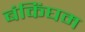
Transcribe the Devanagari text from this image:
बंकिंघम